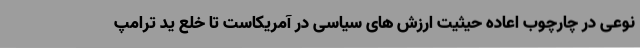
نوعی در چارچوب اعاده حیثیت ارزش های سیاسی در آمریکاست تا خلع ید ترامپ